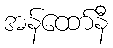
အန်ထော်နီ